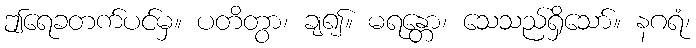
ဤရေခတက်ပင်မှ။ ပတိတွာ၊ ချ၍။ မရန္တော၊ သေသည်ရှိသော်။ နဂရံ၊